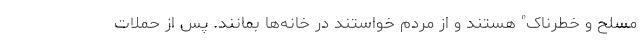
مسلح و خطرناک" هستند و از مردم خواستند در خانه‌ها بمانند. پس از حملات